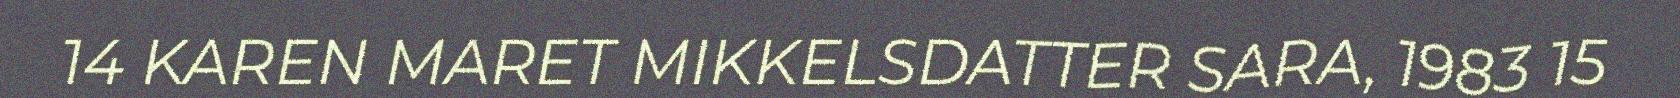
14 KAREN MARET MIKKELSDATTER SARA, 1983 15